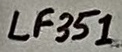
Text: LF351